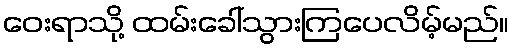
ဝေးရာသို့ ထမ်းခေါ်သွားကြပေလိမ့်မည်။